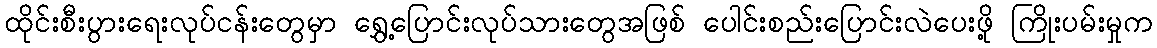
ထိုင်းစီးပွားရေးလုပ်ငန်းတွေမှာ ရွှေ့ပြောင်းလုပ်သားတွေအဖြစ် ပေါင်းစည်းပြောင်းလဲပေးဖို့ ကြိုးပမ်းမှုက